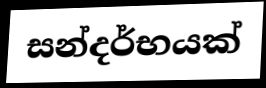
සන්දර්භයක්